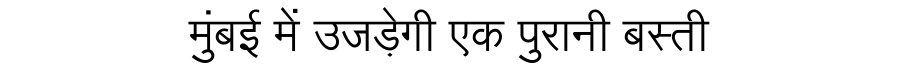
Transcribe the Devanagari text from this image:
मुंबई में उजड़ेगी एक पुरानी बस्ती